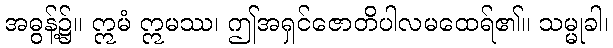
အဓွန့်၌။ ဣမံ ဣမဿ၊ ဤအရှင်ဇောတိပါလမထေရ်၏။ သမ္မုခါ၊